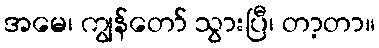
အမေ၊ ကျွန်တော် သွားပြီ၊ တာ့တာ။